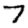
Digit: 7